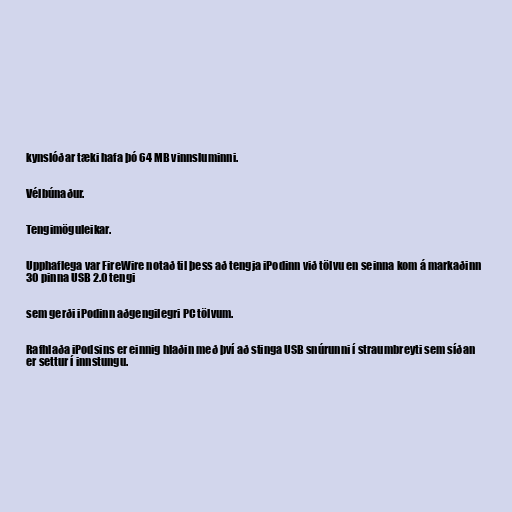
kynslóðar tæki hafa þó 64 MB vinnsluminni.

Vélbúnaður.

Tengimöguleikar.

Upphaflega var FireWire notað til þess að tengja iPodinn við tölvu en seinna kom á markaðinn
30 pinna USB 2.0 tengi

sem gerði iPodinn aðgengilegri PC tölvum.

Rafhlaða iPodsins er einnig hlaðin með því að stinga USB snúrunni í straumbreyti sem síðan
er settur í innstungu.